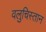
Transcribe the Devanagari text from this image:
वलुचिस्तान